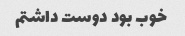
خوب بود دوست داشتم